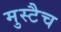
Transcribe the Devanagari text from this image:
मुस्टैच